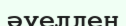
әуелден